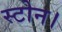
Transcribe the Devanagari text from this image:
स्टोन।